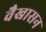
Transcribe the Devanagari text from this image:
वैखासन